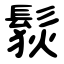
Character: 䯼